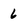
Character: 6